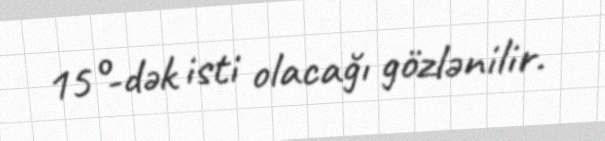
15°-dək isti olacağı gözlənilir.